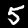
Label: 5